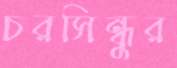
চরসিন্ধুর